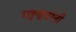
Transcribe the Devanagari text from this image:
राष्ट्रकूटांनी